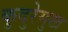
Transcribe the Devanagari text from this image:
कुदुरेमुख